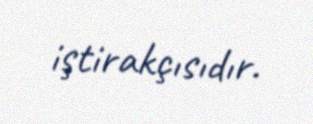
iştirakçısıdır.